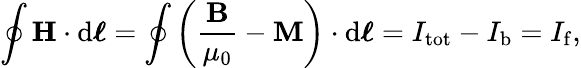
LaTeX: \oint\mathbf{H}\cdot\mathrm{d}{\boldsymbol{\ell}}=\oint\left({\frac{\mathbf{B}}{\mu_{0}}}-\mathbf{M}\right)\cdot\mathrm{d}{\boldsymbol{\ell}}=I_{\mathrm{tot}}-I_{\mathrm{b}}=I_{\mathrm{f}},